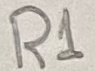
Text: R1